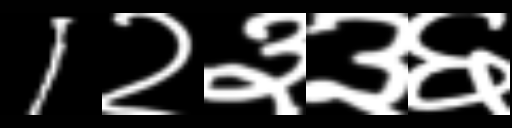
Text: 1२३३६